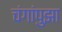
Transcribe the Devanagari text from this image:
चंगांपुझा